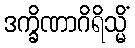
ဒက္ခိဏာဂိရိသ္မိံ